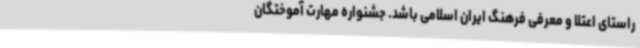
راستای اعتلا و معرفی فرهنگ ایران اسلامی باشد. جشنواره مهارت آموختگان